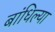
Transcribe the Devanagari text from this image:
बांधिल्या